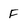
Character: F